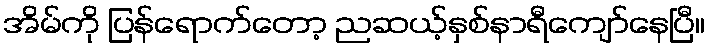
အိမ်ကို ပြန်ရောက်တော့ ညဆယ့်နှစ်နာရီကျော်နေပြီ။